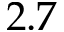
2 . 7